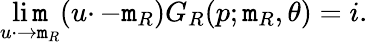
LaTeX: \operatorname*{li\mathtt{m}}_{u\cdotp\to\mathtt{m}_{R}}(u\cdotp-\mathtt{m}_{R})G_{R}(p;\mathtt{m}_{R},\theta)=i.